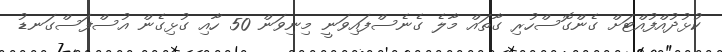
ކުޅުދުއްފުއްޓަށް ގެންގޮސްހުރި ގާތައް މާލެ ގެނެސްފައިވަނީ މިނިވަން 50 ހާއި ގުޅިގެން އުސްފަސްގަނޑު